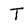
Character: T